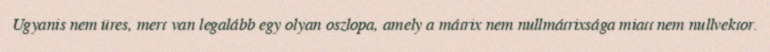
Ugyanis nem üres, mert van legalább egy olyan oszlopa, amely a mátrix nem nullmátrixsága miatt nem nullvektor.